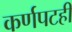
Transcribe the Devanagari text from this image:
कर्णपटही